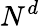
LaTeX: N^{d}